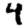
Digit: 4